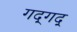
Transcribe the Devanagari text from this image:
गद्‍गद्